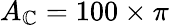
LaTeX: A_{\mathbb{C}}=100\times\pi